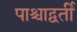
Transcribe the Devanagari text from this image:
पाश्चाद्वर्ती